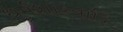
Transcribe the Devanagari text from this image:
धर्मशास्त्रादि